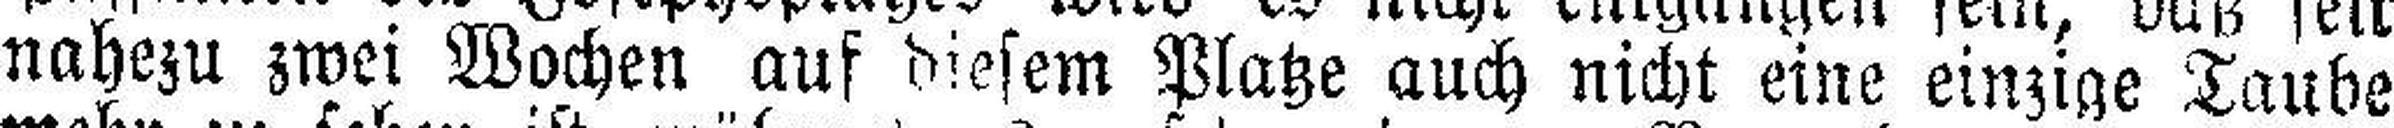
nahezu zwei Wochen auf diesem Platze auch nicht eine einzige Taube